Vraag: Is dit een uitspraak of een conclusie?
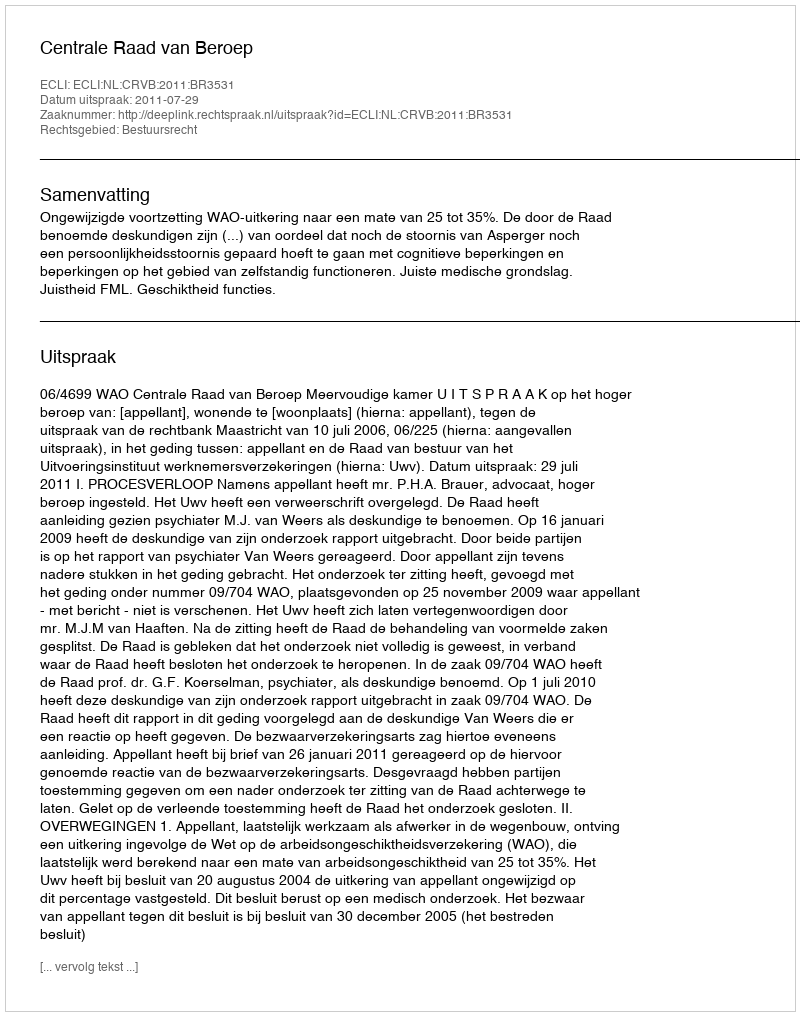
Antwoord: Uitspraak